Indian journal of veterinary science and animal husbandry - Volume 13,
Year: 1943
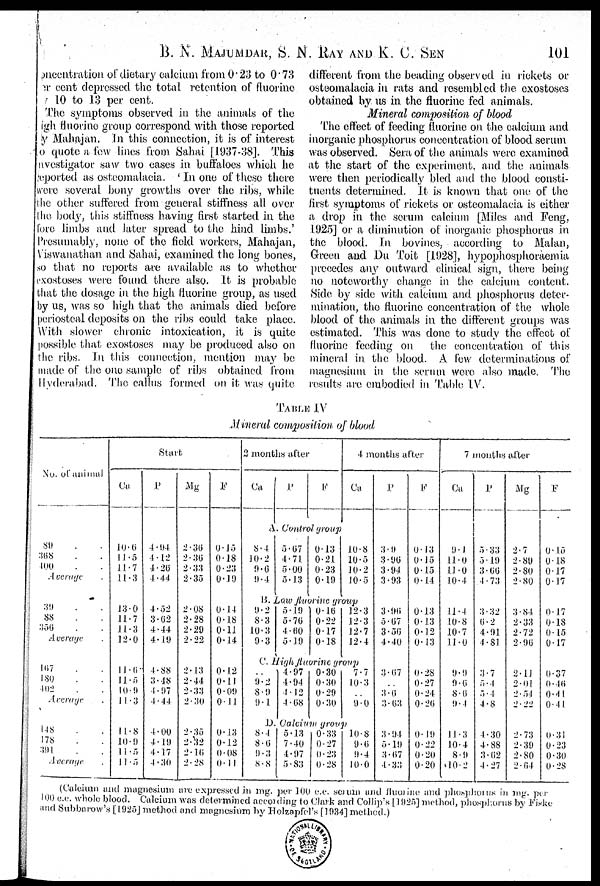
B. N. MAJUMDAR, S. N. RAY AND K. C.
SEN
101
concentration of dietary calcium from 0.23 to 0.73
per cent depressed the total retention of fluorine
10 to 13 per cent.
The symptoms observed, in the animals of the
high fluorine group correspond with those reported
by Mahajan, In this connection, it is of interest
to quote a few lines from Sahai [1937-38]. This
investigator saw two cases in buffaloes which he
reported as osteojnalacia. ' In one of these there
were several bony growths over the ribs, while
the other suffered from general stiffness all over
the body, this stiffness having first started, in the
fore limbs and later spread to the hind, limbs.'
Presumably, none of the field workers, Mahajan,
Viswanathan and Sahai, examined, the long bones,
so that no reports are available as to whether
exostoses were found there also. It is probable
that the dosage in the high fluorine group, as used
by us, was so high that the animals died before
periosteal deposits on the ribs could take place.
With slower chronic intoxication, it is quite
possible that exostoses may be produced also on
the ribs. In this connection, mention may be
made of the one sample of ribs obtained, from
Hyderabad. The callus formed on it was quite
different from the beading observed in rickets or
osteomalacia in rats and resembled the exostoses
obtained by us in the fluorine fed animals.
Mineral composition of blood
The effect of feeding fluorine on the calcium and
inorganic phosphorus concentration of blood serum
was observed. Sera of the animals were examined
at the start of the experiment, and the animals
were then periodically bled and the blood consti-
tuents determined. It is known that One of the
first symptoms of rickets or osteomalacia is either
a drop in the serum calcium [Miles and. Feng,
1925] or a diminution of inorganic phosphorus in
the blood. In bovines, according to Malan,
Green and Du Toit [1928], hypophosphoraemia
precedes any outward clinical sign, there being
no noteworthy change in the calcium content.
Side by side with calcium and. phosphorus deter-
mination, the fluorine concentration of the whole
blood of the animals in. the different groups was
estimated.. This was done to study the effect of
fluorine feeding on. the concentration of this
mineral in. the blood. A lew determinations of
magnesium in the serum were also made. The
results are embodied in Table IV.
TABLE IV
Mineral composition of blood
No. of animal
89 . .
368 . .
400 . .
Average .
39 . .
88 . .
356 . .
Average
167 . .
180 . .
402 . .
Average .
148 . .
178 . .
391 . .
Average
Start
Ca
10.6
11.5
11.7
11.3
13.0
11.7
11.3
12.0
11.6
11.5
10.9
11.3
11.8
10.9
11.5
11.5
P
4.94
4.12
4.26
4.44
4.52
3.62
4.44
4.19
4.88
3.48
4.97
4.44
4.00
4.19
4.17
4.30
Mg
2.36
2.30
2.33
2.35
2.08
2.28
2.29
2. 22
2.43
2.44
2.33
2.30
2.35
2.32
2.16
2.28
F
0.15
0.18
0.23
0.19
0.14
0.18
0.11
0.14
0.12
0.11
0.09
0.11
0.13
0.12
0.08
0.11
2 months after
Ca P
F
A Control group
8.4
10.2
9.6
9.4
5.67
4.71
5.00
5.13
0.13
0.21
0.23
0.19
4 months after
Ca
10.8
10.5
10.2
10.5
B. Low flvorine group
9.2
8.3
10.3
9.3
5.19
5.76
4.60
5.19
0.10
0.22
0.17
0.18
12.3
12.3
12.7
12.4
C. High fluorine group
..
9.2
8.9
9.1
4.97
4.94
4.12
4.68
0.30
0.30
0.29
0.30
7.7
10.3
..
9.0
D. Calcium group
8.4
8.6
9.3
8.8
5.13
7.40
4.97
5.83
0.33
0.27
0.23
0.28
10.8
9.6
9.4
10.0
P
3.9
3.96
3.94
3.93
3.96
5.67
3.56
4.40
3.67
..
3.6
3.63
3.94
5.19
3.67
4.33
F
0.13
0.15
0.1.5
0.14
0.13
0.13
0.12
0.13
0.28
0.27
0.24
0.26
0.19
0.22
0.20
0.20
7 months after
Ca
9.1
11.0
11.0
10.4
11.4
10.8
10.7
11.0
9.9
9.6
8.6
9.4
11.3
10.4
8.9
10.2
P
5.33
3.19
3.66
4.73
3.32
6.2
4.91
4.81
3.7
5. 4
5.4
4.8
4.30
4.88
3.62
4.27
Mg
2.7
2.89
2.80
2.80
3.84
2.33
2.72
2.96
2.11
2.01
2.54
2.22
2.73
2.39
2.80
2.64
F
0.15
0.18
0.17
0.17
0.17
0.18
0.15
0.17
0.37
0.46
0.41
0.41
0.31
0.23
0.30
0.28
(Calcium mid magnesium are expressed in mg. per 100 c.c. serum and fluorine and phusphorus in mg. per
100 c.c. whole blood. Calcium was determined according to Clark and Collip's [ 1925] method, phosphorus by Fiske
and Subbarow's [ 1925] method and magnesium by Holzapfel's [1934] method.)